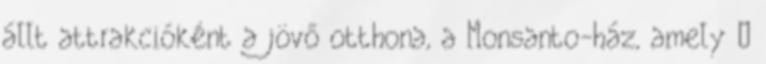
állt attrakcióként a jövő otthona, a Monsanto-ház, amely –